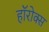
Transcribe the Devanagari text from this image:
हॉरोक्स